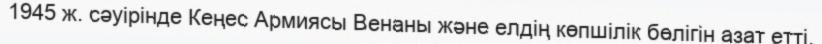
1945 ж. сәуірінде Кеңес Армиясы Венаны және елдің көпшілік бөлігін азат етті.